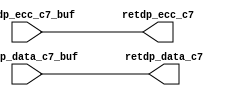
module sctag_retbuf(
   retdp_data_c7, retdp_ecc_c7, 
   retdp_data_c7_buf, retdp_ecc_c7_buf
   );
output  [127:0]  retdp_data_c7;
output  [ 27:0]  retdp_ecc_c7;
input  [127:0]  retdp_data_c7_buf;
input  [ 27:0]  retdp_ecc_c7_buf;
assign	retdp_data_c7 = retdp_data_c7_buf ;
assign	retdp_ecc_c7 = retdp_ecc_c7_buf ;
endmodule